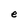
Character: e